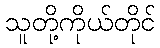
သူတို့ကိုယ်တိုင်